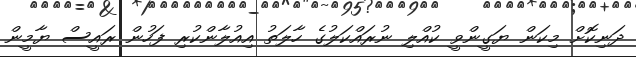
ދަނިކޮށް މިކަން ޔަގީންވީ ކުއްލި ނުރައްކަލުގެ ހާލަތު އިއުލާންކުރި ފަހުން ރައީސް ޔާމީން